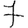
Digit: 7